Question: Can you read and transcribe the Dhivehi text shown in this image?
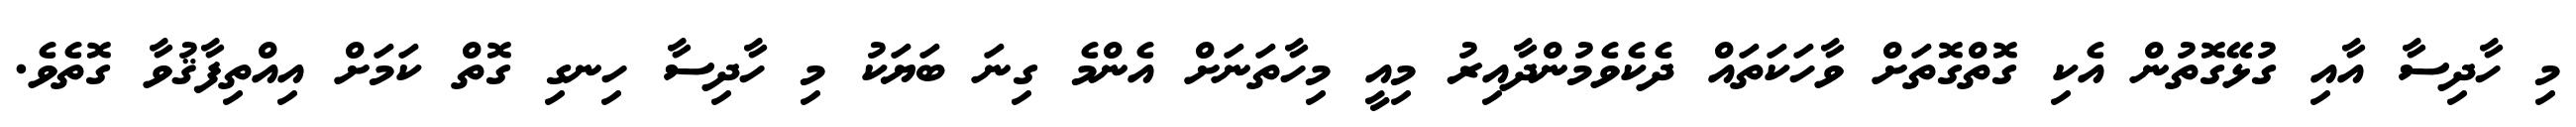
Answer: މި ހާދިސާ އާއި ގުޅޭގޮތުން އެކި ގޮތްގޮތަށް ވާހަކަތައް ދެކެވެމުންދާއިރު މިއީ މިހާތަނަށް އެންމެ ގިނަ ބަޔަކު މި ހާދިސާ ހިނގި ގޮތް ކަމަށް އިއްތިފާޤުވާ ގޮތެވެ.